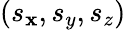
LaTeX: (s_{\mathbf{x}},s_{y},s_{z})